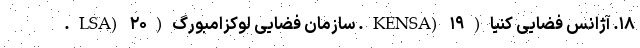
۱۸. آژانس فضایی کنیا(KENSA) ۱۹. سازمان فضایی لوکزامبورگ(LSA) ۲۰.